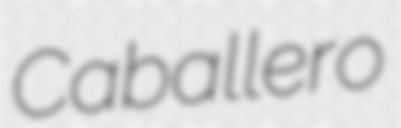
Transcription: Caballero